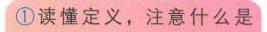
\textcircled{1}读懂定义，注意什么是